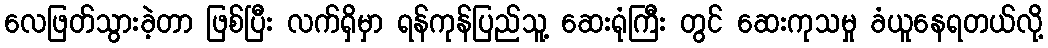
လေဖြတ်သွားခဲ့တာ ဖြစ်ပြီး လက်ရှိမှာ ရန်ကုန်ပြည်သူ့ ဆေးရုံကြီး တွင် ဆေးကုသမှု ခံယူနေရတယ်လို့